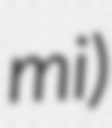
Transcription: mi)